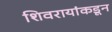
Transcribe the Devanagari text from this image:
शिवरायांकडून